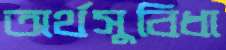
অর্থসুবিধা